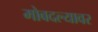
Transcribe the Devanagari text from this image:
मोबदल्यावर